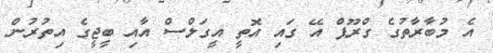
އެ މުބާރާތުގެ ގްރޫޕް އޭ ގައި އޮތީ އީގަލްސް އާއި ބީޖީގެ އިތުރުން